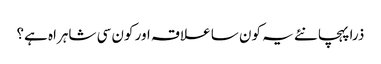
ذرا پہچانئے یہ کون سا علاقہ اور کون سی شاہراہ ہے؟